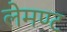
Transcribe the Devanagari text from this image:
लेमण्ट